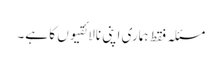
مسئلہ فقط ہماری اپنی نالائقیوں کا ہے۔